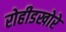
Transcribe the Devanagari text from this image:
रोहीडखोरे